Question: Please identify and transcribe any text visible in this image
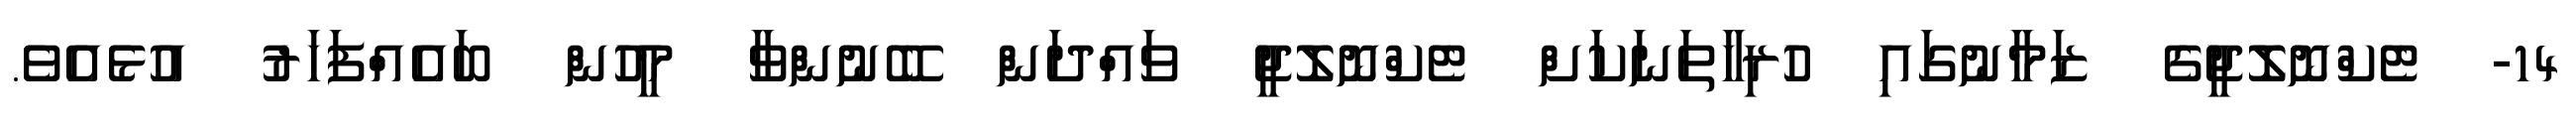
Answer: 14- ޓެކްނޮލޮޖީގެ ޒަމާނުގައި ހުރިހާތަނަކަށް ޓެކްނޮލޮޖީ ވައްދަން ބޭނުންވާ މީހުން ބައެއްފަހަރު އުޅެއެވެ.